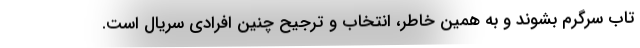
تاب سرگرم بشوند و به همین خاطر، انتخاب و ترجیح چنین افرادی سریال است.